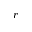
r